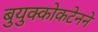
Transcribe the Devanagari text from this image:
बुयुक्कोकटेनने